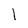
Character: l